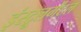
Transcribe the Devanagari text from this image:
इंस्ट्रूलमेंटल